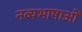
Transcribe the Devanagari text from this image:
नव्यभाषाओं